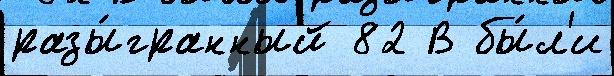
разы́гранный 82 В бы́л'и